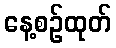
နေ့စဉ်ထုတ်